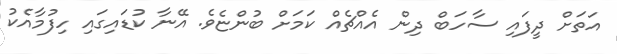
އަތަށް ދީފައި ސާހަބް ދިން އެއްޗެއް ކަމަށް ބުންޏެވެ. އޭނާ ކުޑައިގައި ހިފުމާއެކު